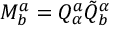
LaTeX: M _ { b } ^ { a } = Q _ { \alpha } ^ { a } \tilde { Q } _ { b } ^ { \alpha }